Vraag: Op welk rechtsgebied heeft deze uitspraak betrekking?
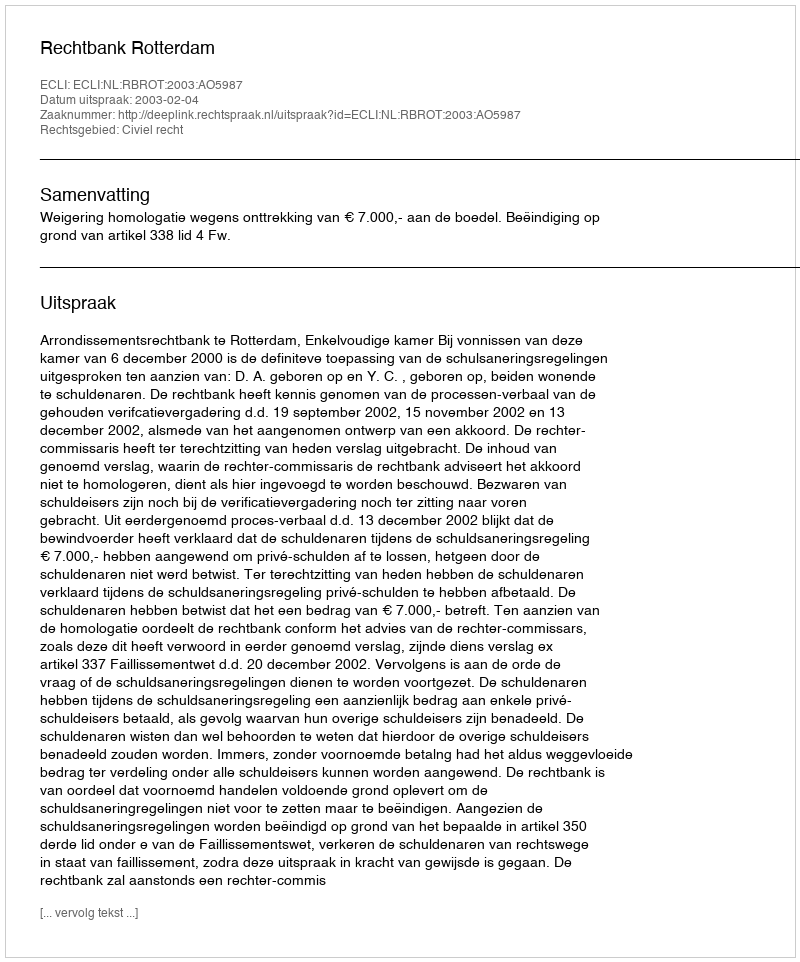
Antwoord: Civiel recht